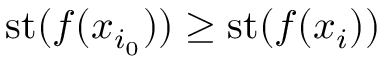
\mathrm { { s t } } ( f ( x _ { i _ { 0 } } ) ) \geq \mathrm { { s t } } ( f ( x _ { i } ) )